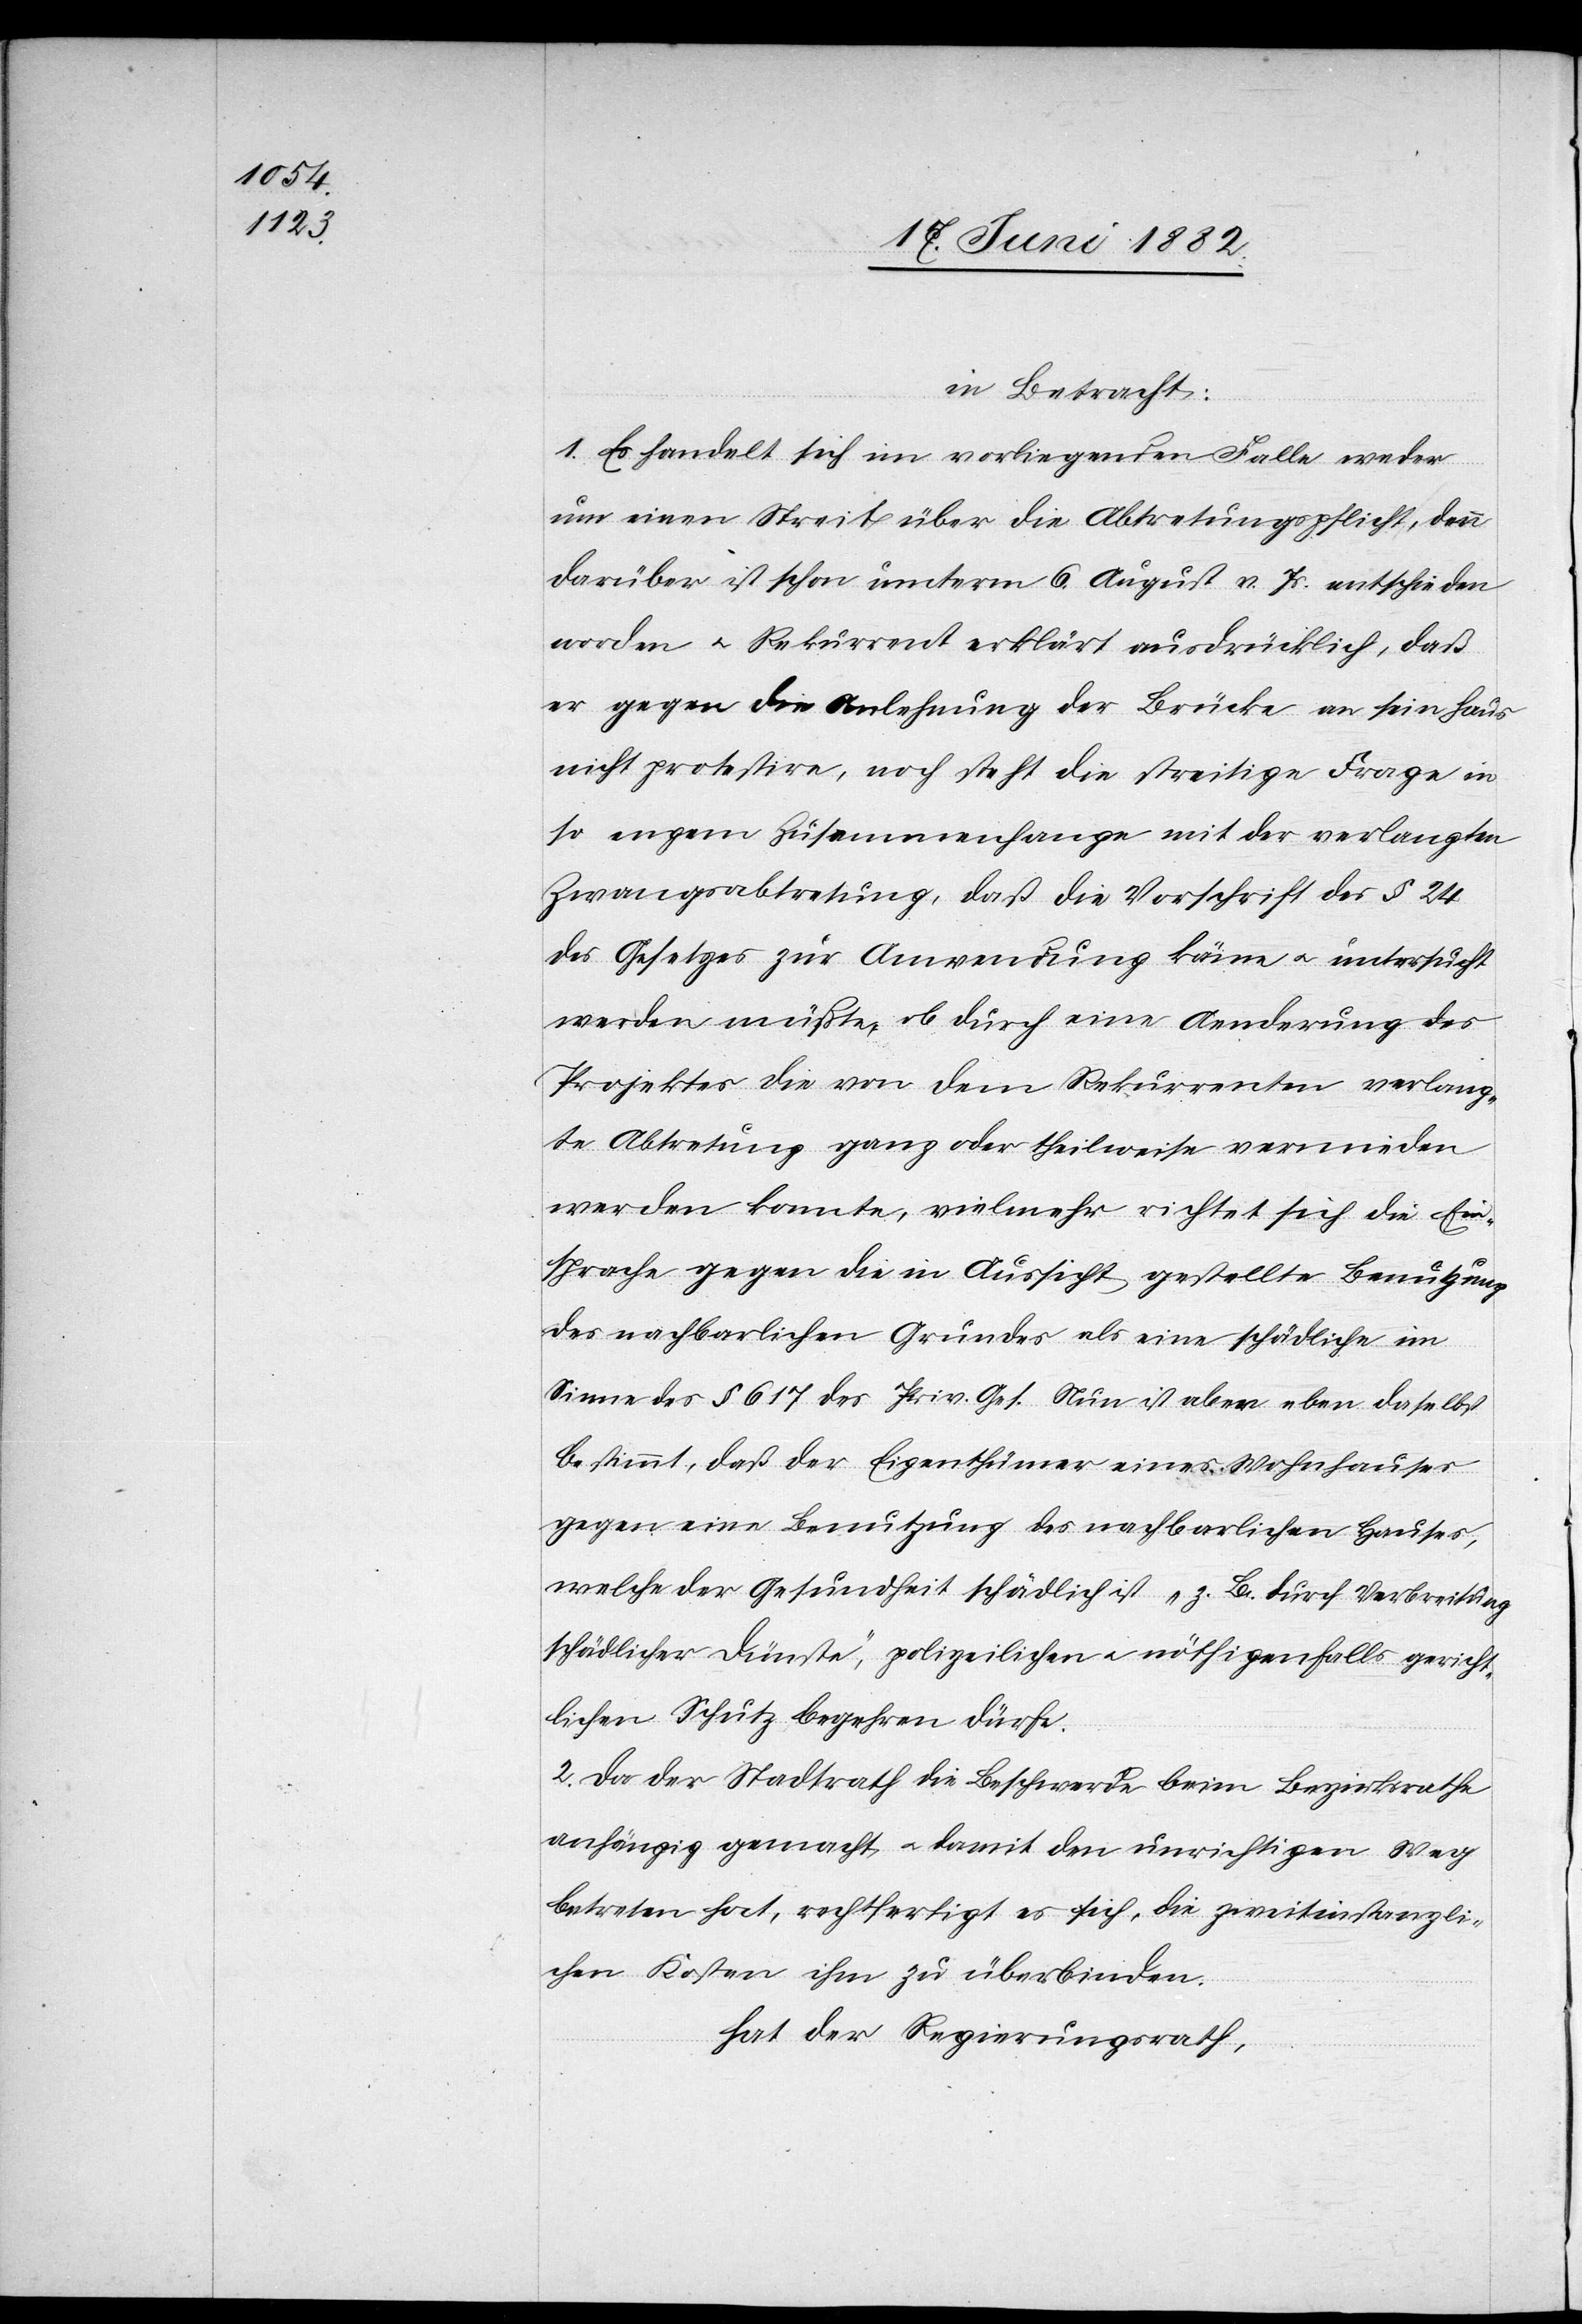
in Betracht:
1. Es handelt sich im vorliegenden Falle weder
um einen Streit über die Abtretungspflicht, denn
darüber ist schon unterm 6. August v. Js. entschieden
worden u. Rekurrent erklärt ausdrücklich, daß
er gegen die Anlehnung der Brücke an sein Haus
nicht protestire, noch steht die streitige Frage in
so engem Zusammenhang mit der verlangten
Zwangsabtretung, daß die Vorschrift des § 24
des Gesetzes zur Anwendung käme u. untersucht
werden müßte, ob durch eine Aenderung des
Projektes die von dem Rekurrenten verlang¬
te Abtretung ganz oder theilweise vermieden
werden könnte, vielmehr richtet sich die Ein¬
sprache gegen die in Aussicht gestellte Benutzung
des nachbarlichen Grundes als eine schädliche im
Sinne des § 617 des Priv. Ges. Nun ist aber eben daselbst
bestimmt, daß der Eigenthümer eines Wohnhauses
gegen eine Benutzung des nachbarlichen Hauses,
welche der Gesundheit schädlich ist „z. B. durch Verbreitung
schädlicher Dünste“, polizeilichen u. nöthigenfalls gericht¬
lichen Schutz begehren dürfe.
2. Da der Stadtrath die Beschwerde beim Bezirksrathe
anhängig gemacht u. damit den unrichtigen Weg
betreten hat, rechtfertigt es sich, die zweitinstanzli¬
chen Kosten ihm zu überbinden.
hat der Regierungsrath,